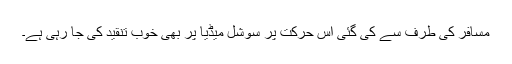
مسافر کی طرف سے کی گئی اس حرکت پر سوشل میڈیا پر بھی خوب تنقید کی جا رہی ہے۔